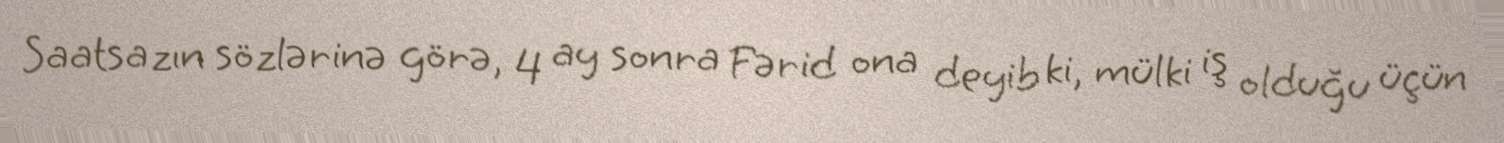
Saatsazın sözlərinə görə, 4 ay sonra Fərid ona deyib ki, mülki iş olduğu üçün